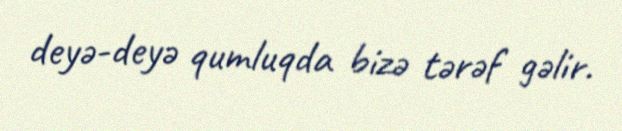
deyə-deyə qumluqda bizə tərəf gəlir.